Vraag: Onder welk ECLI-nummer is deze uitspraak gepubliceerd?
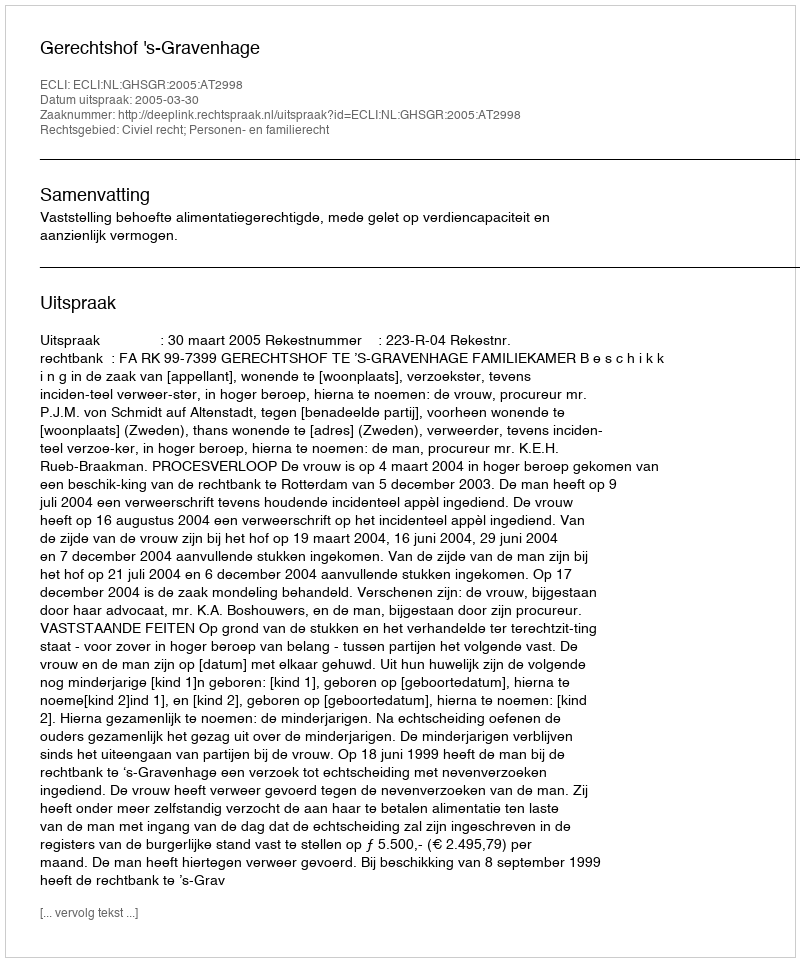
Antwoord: ECLI:NL:GHSGR:2005:AT2998